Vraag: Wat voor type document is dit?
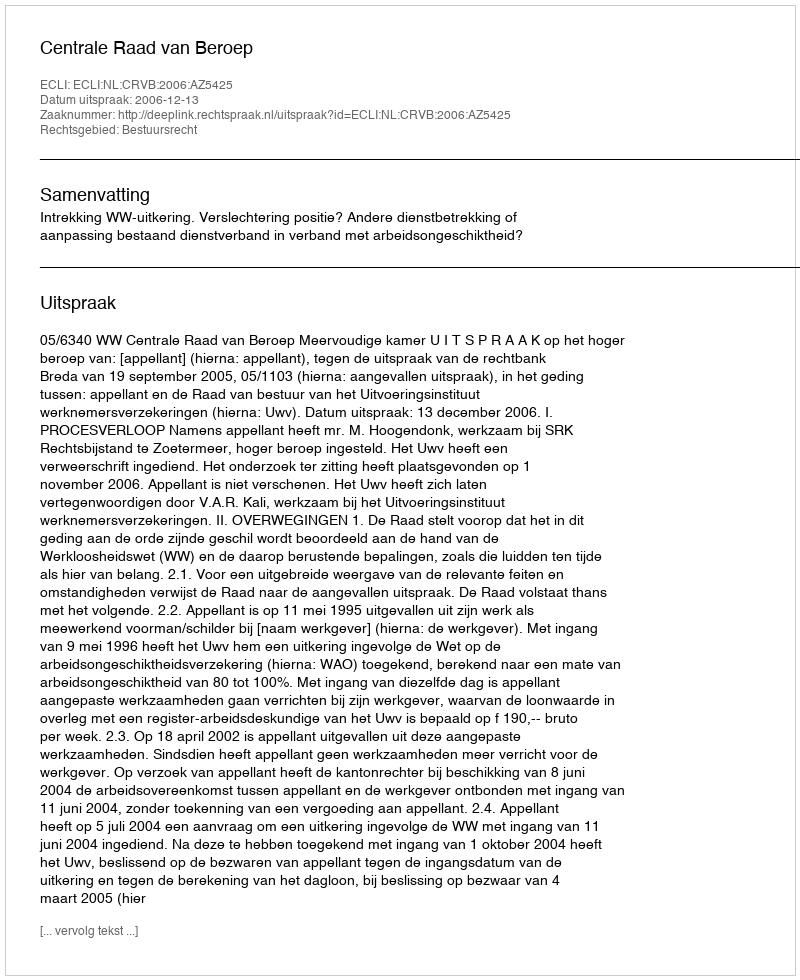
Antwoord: Uitspraak